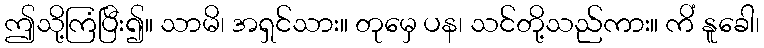
ဤသို့ကြံပြီး၍။ သာမိ၊ အရှင်သား။ တုမှေ ပန၊ သင်တို့သည်ကား။ ကိံ နူခေါ၊